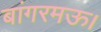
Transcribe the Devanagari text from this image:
बांगरमऊ।